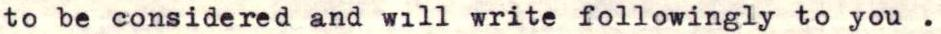
to be considered and will write followingly to you.